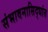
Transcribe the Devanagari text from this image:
संभावनासिद्धांत